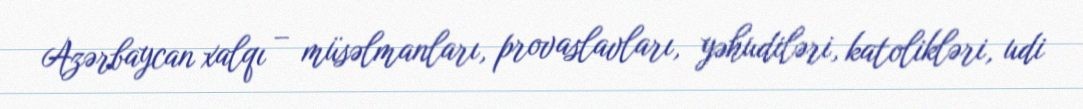
Azərbaycan xalqı – müsəlmanları, provaslavları, yəhudiləri, katolikləri, udi